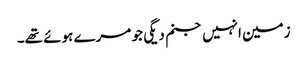
زمین انہیں جنم دیگی جو مرے ہوئے تھے۔